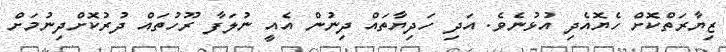
ޒިޔާރަތްކޮށް ހެޔޮއެދި އުޅުނެވެ. އަދި ހަދިޔާތައް ދިނުން އެއީ ނުލަފާ ރޫހުތައް ދުރުކޮށްދިނުމަށް